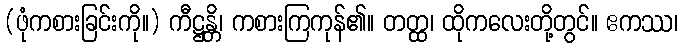
(ဖုံကစားခြင်းကို။) ကီဋ္ဌန္တိ၊ ကစားကြကုန်၏။ တတ္ထ၊ ထိုကလေးတို့တွင်။ ဧကဿ၊